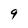
Character: 9